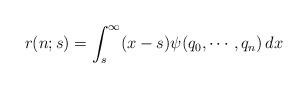
LaTeX: \begin{align*}r(n;s)=\int_s^\infty (x-s) \psi(q_0,\cdots,q_n)\, dx\end{align*}